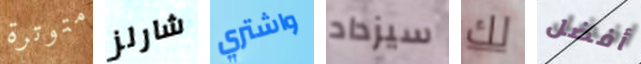
متوترة شارلز واشتري سيزداد لك أفضل